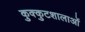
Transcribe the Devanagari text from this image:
कुक्कुटशालाओं